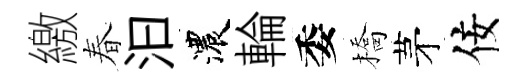
繳春汩濃輪委橋茅佞